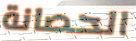
الحصانة